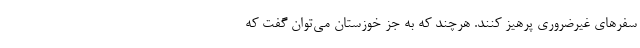
سفرهای غیرضروری پرهیز کنند. هرچند که به جز خوزستان می‌توان گفت که